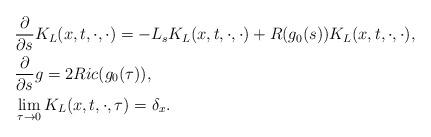
LaTeX: \begin{align*} & \frac{\partial}{\partial s}K_L(x,t,\cdot,\cdot)=-L_sK_L(x,t,\cdot,\cdot)+R(g_0(s))K_L(x,t,\cdot,\cdot),\\ & \frac{\partial}{\partial s}g=2Ric(g_0(\tau)),\\ & \lim_{\tau \to 0}K_L(x,t,\cdot,\tau)=\delta_x.\end{align*}